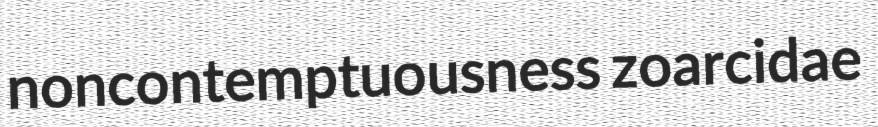
noncontemptuousness zoarcidae